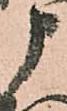
申